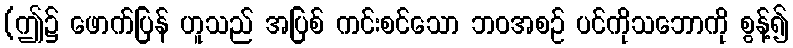
(ဤ၌ ဖောက်ပြန် ဟူသည် အပြစ် ကင်းစင်သော ဘဝအစဉ် ပင်ကိုသဘောကို စွန့်၍